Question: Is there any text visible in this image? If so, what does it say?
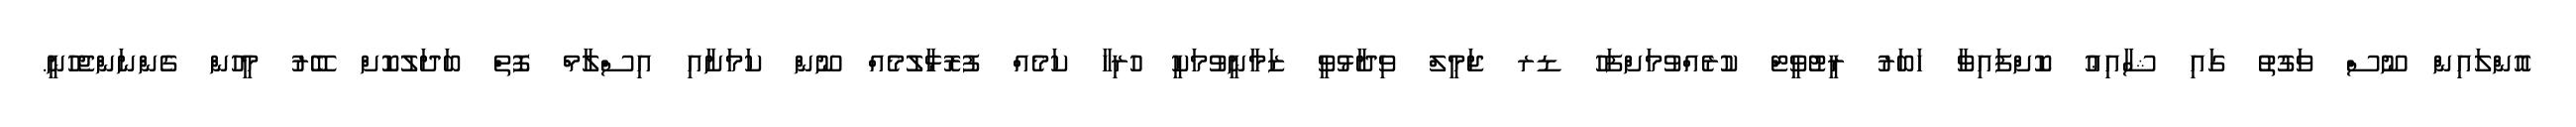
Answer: އޮންލައިން ނޫސް ވަގުތު ގައި ޝާއިޢު ކޮށްފައިވާ ހަބަރު ރީޓުވީޓް ކުރެއްވުމަށްފަހު ޑރ ޖަމީލް ވިދާޅުވީ ޒަމާނީވުމަކީ ހުރިހާ ކަމެއް ފުރޮޅާލުމެއް ނޫން ކަމަށާއި އިސްލާމް ފޮތް ބަދަލުކޮށް ބޭރު މީހުން ގެންނަންޖެހުނީ.